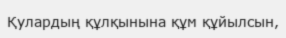
Қулардың құлқынына құм құйылсын,